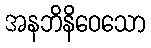
အနဘိနိဝေသော